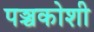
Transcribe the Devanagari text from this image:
पञ्चकोशी